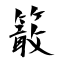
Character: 𥴊